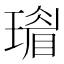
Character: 𤩣